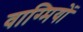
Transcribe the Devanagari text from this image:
वाग्मियों